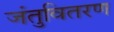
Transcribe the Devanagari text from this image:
जंतुवितरण